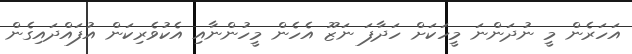
އަހަރެން މީ ނުދަންނަ މީހަކަށް ހަދާފަ ނަޒޫ އެހެން މީހުންނާއި އެކުވެރިކަން އުފައްދައިގެން